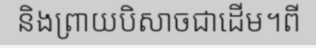
និងព្រាយបិសាចជាដើម។ពី